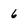
Character: 6